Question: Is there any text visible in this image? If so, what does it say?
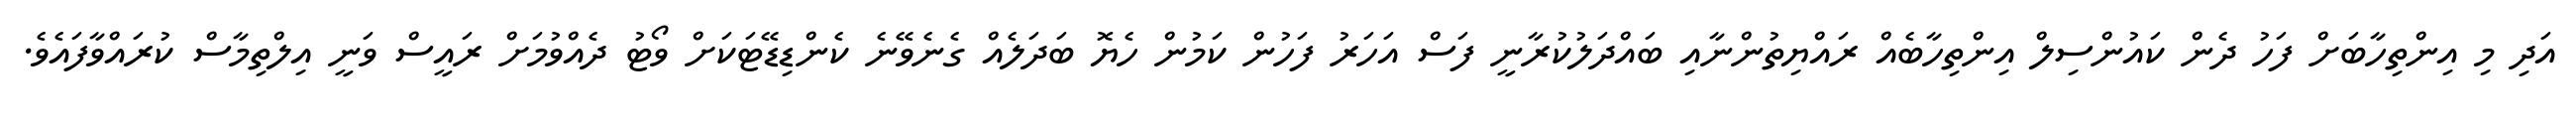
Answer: އަދި މި އިންތިހާބަށް ފަހު ދެން ކައުންސިލް އިންތިހާބެއް ރައްޔިތުންނާއި ބައްދަލުކުރާނީ ފަސް އަހަރު ފަހުން ކަމުން ހެޔޮ ބަދަލެއް ގެނެވޭނެ ކެންޑިޑޭޓަކަށް ވޯޓު ދެއްވުމަށް ރައީސް ވަނީ އިލްތިމާސް ކުރައްވާފައެވެ.